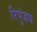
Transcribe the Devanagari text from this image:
रिपुंजय